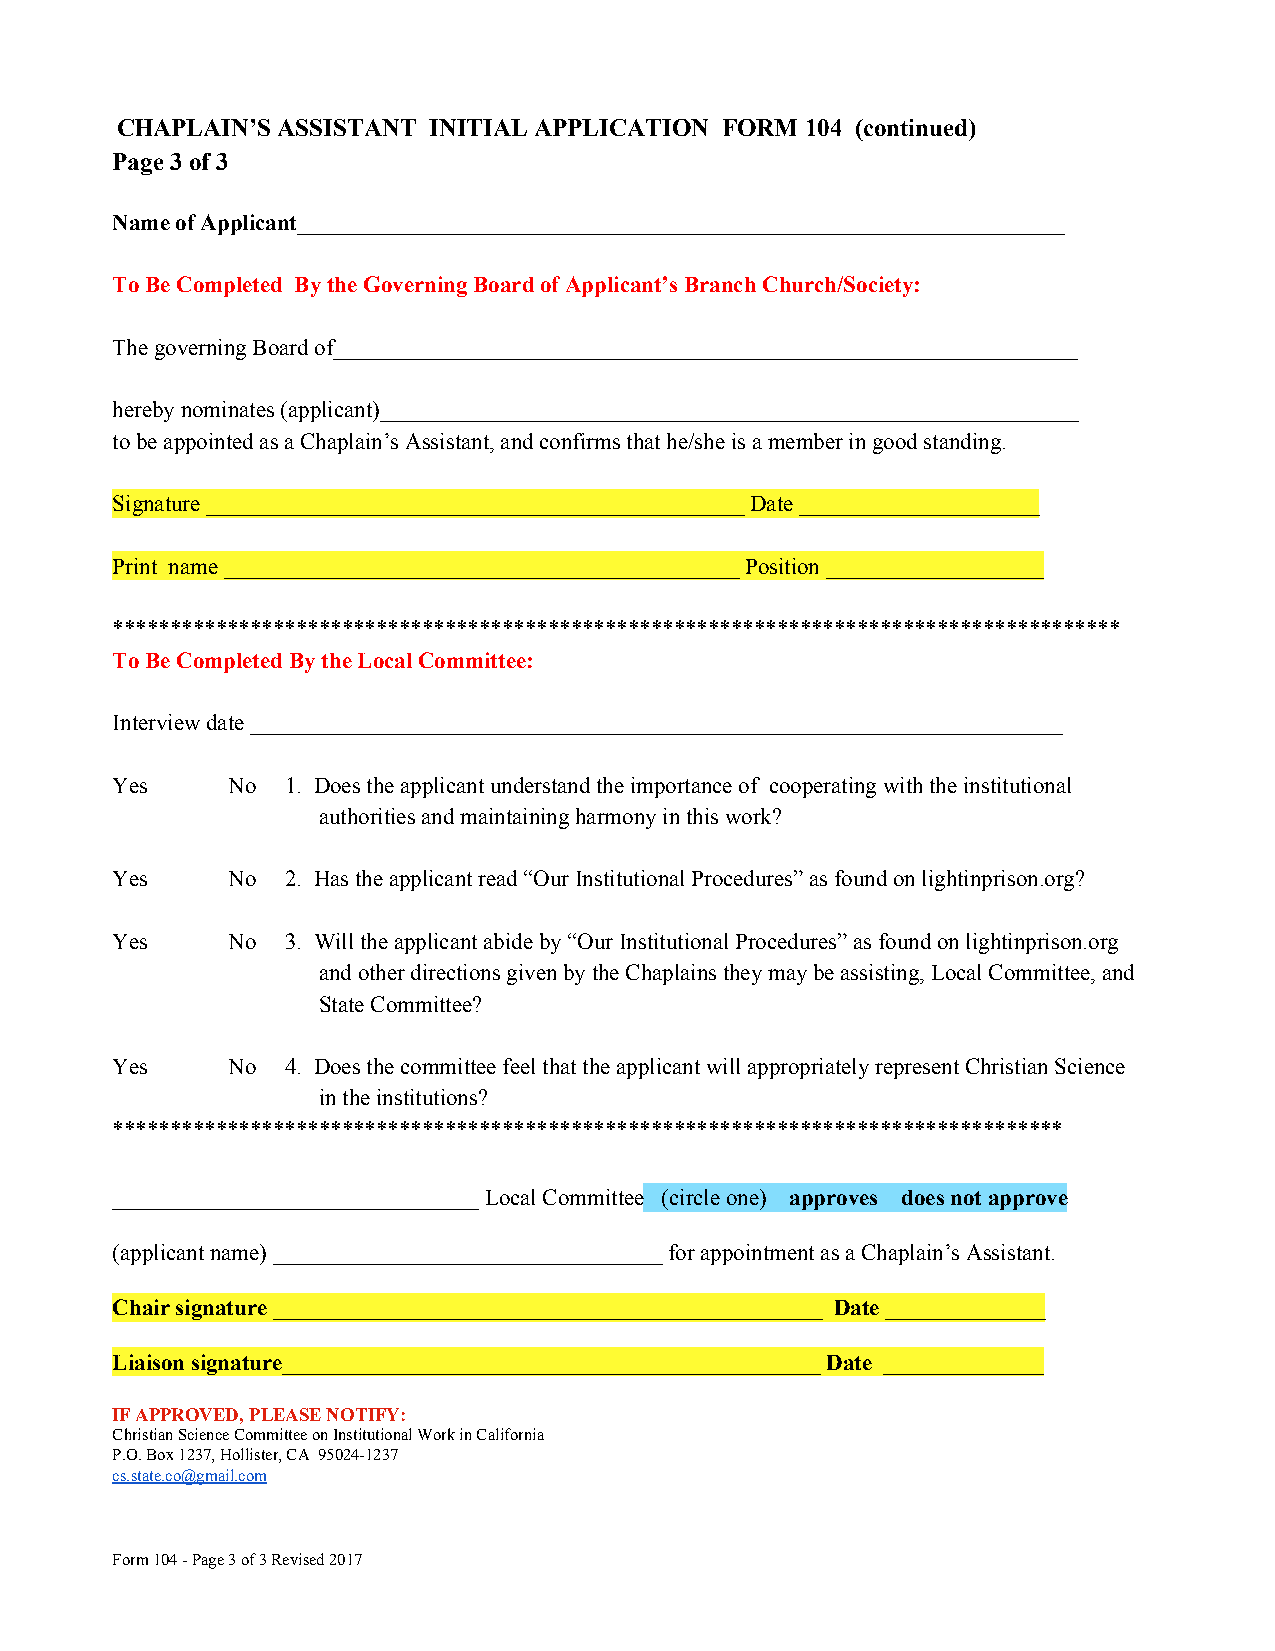
CHAPLAIN’S ASSISTANT INITIAL APPLICATION FORM 104 (continued)
 ​
 Page 3 of 3
 Name of Applicant___________________________________________________________________
 To Be Completed By the Governing Board of Applicant’s Branch Church/Society:
 The governing Board of_________________________________________________________________
 hereby nominates (applicant)_____________________________________________________________
 to be appointed as a Chaplain’s Assistant, and confirms that he/she is a member in good standing.
 Signature _______________________________________________ Date _____________________
 Print name _____________________________________________ Position ___________________
 ****************************************************************************************
 To Be Completed By the Local Committee:
 Interview date _______________________________________________________________________
 Yes     No  1. Does the applicant understand the importance of cooperating with the institutional
 authorities and maintaining harmony in this work?
 Yes     No  2. Has the applicant read “Our Institutional Procedures” as found on lightinprison.org?
 Yes     No  3. Will the applicant abide by “Our Institutional Procedures” as found on lightinprison.org
 and other directions given by the Chaplains they may be assisting, Local Committee, and
 State Committee?
 Yes     No  4. Does the committee feel that the applicant will appropriately represent Christian Science
 in the institutions?
 ***********************************************************************************
 ________________________________ Local Committee (circle one) approves does not approve
 ​        ​
 (applicant name) __________________________________ for appointment as a Chaplain’s Assistant.
 Chair signature ________________________________________________ Date ______________
 ​                                    ​  ​
 Liaison signature_______________________________________________ Date ______________
 ​                                   ​  ​
 IF APPROVED, PLEASE NOTIFY:
 Christian Science Committee on Institutional Work in California
 P.O. Box 1237, Hollister, CA 95024-1237
 cs.state.co@gmail.com
 Form 104 - Page 3 of 3 Revised 2017